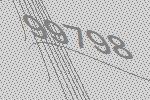
99798